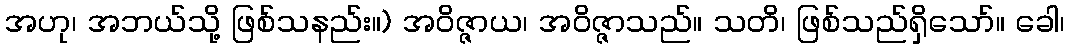
အဟု၊ အဘယ်သို့ ဖြစ်သနည်း။) အဝိဇ္ဇာယ၊ အဝိဇ္ဇာသည်။ သတိ၊ ဖြစ်သည်ရှိသော်။ ခေါ၊